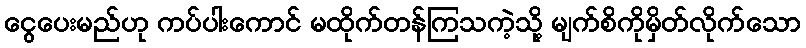
ငွေပေးမည်ဟု ကပ်ပါးကောင် မထိုက်တန်ကြသကဲ့သို့ မျက်စိကိုမှိတ်လိုက်သော